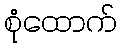
စုံထောက်